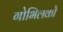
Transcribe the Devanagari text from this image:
गोभिलको